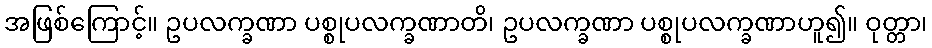
အဖြစ်ကြောင့်။ ဥပလက္ခဏာ ပစ္စုပလက္ခဏာတိ၊ ဥပလက္ခဏာ ပစ္စုပလက္ခဏာဟူ၍။ ဝုတ္တာ၊